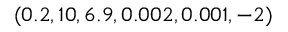
( 0 . 2 , 1 0 , 6 . 9 , 0 . 0 0 2 , 0 . 0 0 1 , - 2 )